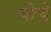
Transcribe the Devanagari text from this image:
चोचे